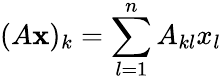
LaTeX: (A{\mathbf{x}})_{k}=\sum_{l=1}^{n}A_{kl}x_{l}